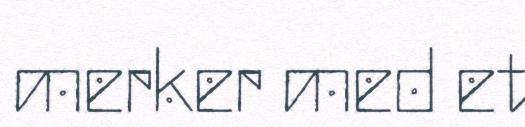
merker med et